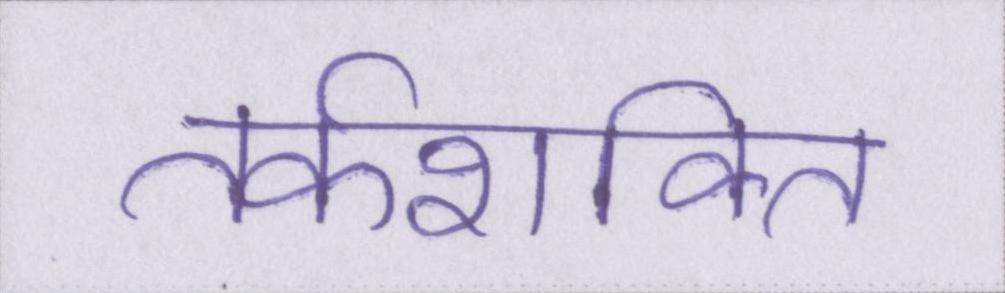
तर्कशक्ति